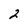
Character: 2